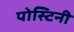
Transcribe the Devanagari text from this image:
पोस्टिनी